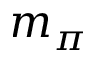
m _ { \pi }